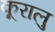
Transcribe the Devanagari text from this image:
कूरालु